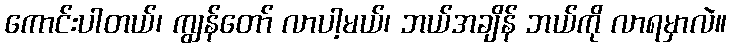
ကောင်းပါတယ်၊ ကျွန်တော် လာပါ့မယ်၊ ဘယ်အချိန် ဘယ်ကို လာရမှာလဲ။